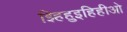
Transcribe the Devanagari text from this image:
झ्हिहुइहिहीओ